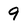
Character: 9